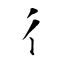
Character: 彳